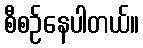
စီစဉ်နေပါတယ်။